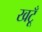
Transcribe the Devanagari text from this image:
खटूँ